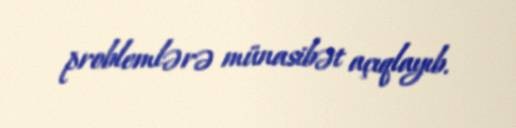
problemlərə münasibət açıqlayıb.